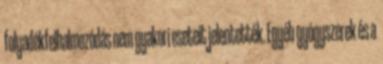
folyadékfelhalmozódás nem gyakori eseteit jelentették. Egyéb gyógyszerek és a